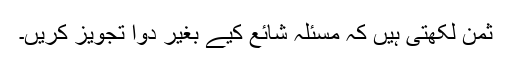
ثمن لکھتی ہیں کہ مسئلہ شائع کیے بغیر دوا تجویز کریں۔